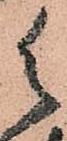
御